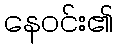
နေဝင်း၏